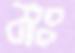
মঃ